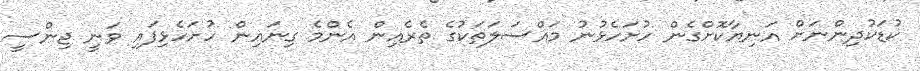
ކުޑަކުދިންނަށް އަނިޔާކޮށްގެން ހުށަހެޅުނު މައްސަލަތަކުގެ ތެރެއިން އެންމެ ގިނައިން ހުށަހެޅިފައި ވަނީ ޖިންސީ